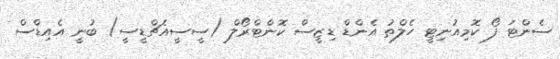
ސެންޓަ ފޯ ކޮމިއުނިޓީ ހެލްތު އެންޑް ޑިޒީސް ކޮންޓްރޯލް (ސީސީއެޗްޑީސީ) ބުނީ އެއިޑްސް